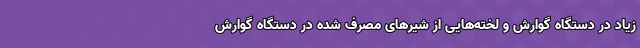
زیاد در دستگاه گوارش و لخته‌هایی از شیرهای مصرف شده در دستگاه گوارش